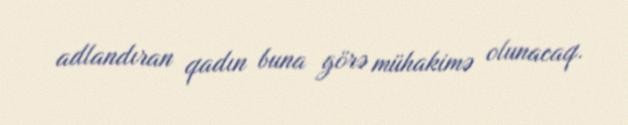
adlandıran qadın buna görə mühakimə olunacaq.